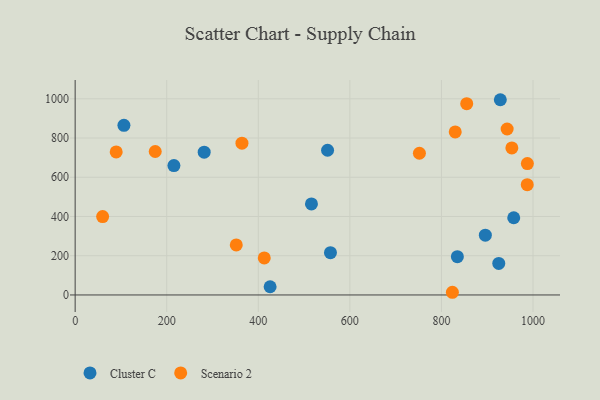
{"axis": {"x": "Engine Size", "y": "Rating"}, "legend": ["Cluster C", "Scenario 2"], "data": [{"x": "106.5", "y": 864.7, "type": "Cluster C"}, {"x": "516.1", "y": 464.2, "type": "Cluster C"}, {"x": "928.6", "y": 995.1, "type": "Cluster C"}, {"x": "895.9", "y": 304.5, "type": "Cluster C"}, {"x": "215.7", "y": 659.7, "type": "Cluster C"}, {"x": "957.9", "y": 393.6, "type": "Cluster C"}, {"x": "281.8", "y": 727.8, "type": "Cluster C"}, {"x": "425.8", "y": 41.8, "type": "Cluster C"}, {"x": "925.2", "y": 160.5, "type": "Cluster C"}, {"x": "557.6", "y": 215.6, "type": "Cluster C"}, {"x": "551.3", "y": 737.7, "type": "Cluster C"}, {"x": "834.8", "y": 195.2, "type": "Cluster C"}, {"x": "60.0", "y": 399.3, "type": "Scenario 2"}, {"x": "987.7", "y": 669.7, "type": "Scenario 2"}, {"x": "351.9", "y": 254.9, "type": "Scenario 2"}, {"x": "174.9", "y": 731.1, "type": "Scenario 2"}, {"x": "855.2", "y": 975.0, "type": "Scenario 2"}, {"x": "413.0", "y": 188.8, "type": "Scenario 2"}, {"x": "751.9", "y": 722.4, "type": "Scenario 2"}, {"x": "364.3", "y": 773.5, "type": "Scenario 2"}, {"x": "987.4", "y": 562.3, "type": "Scenario 2"}, {"x": "830.1", "y": 830.8, "type": "Scenario 2"}, {"x": "89.6", "y": 728.9, "type": "Scenario 2"}, {"x": "823.9", "y": 13.7, "type": "Scenario 2"}, {"x": "953.8", "y": 749.3, "type": "Scenario 2"}, {"x": "943.5", "y": 845.9, "type": "Scenario 2"}]}